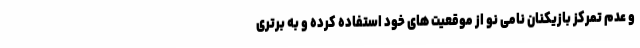
و عدم تمرکز بازیکنان نامی نو از موقعیت های خود استفاده کرده و به برتری